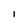
Character: l